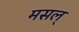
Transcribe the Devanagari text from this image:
मसल्‌